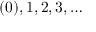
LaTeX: ( 0 ) , 1 , 2 , 3 , \ldots